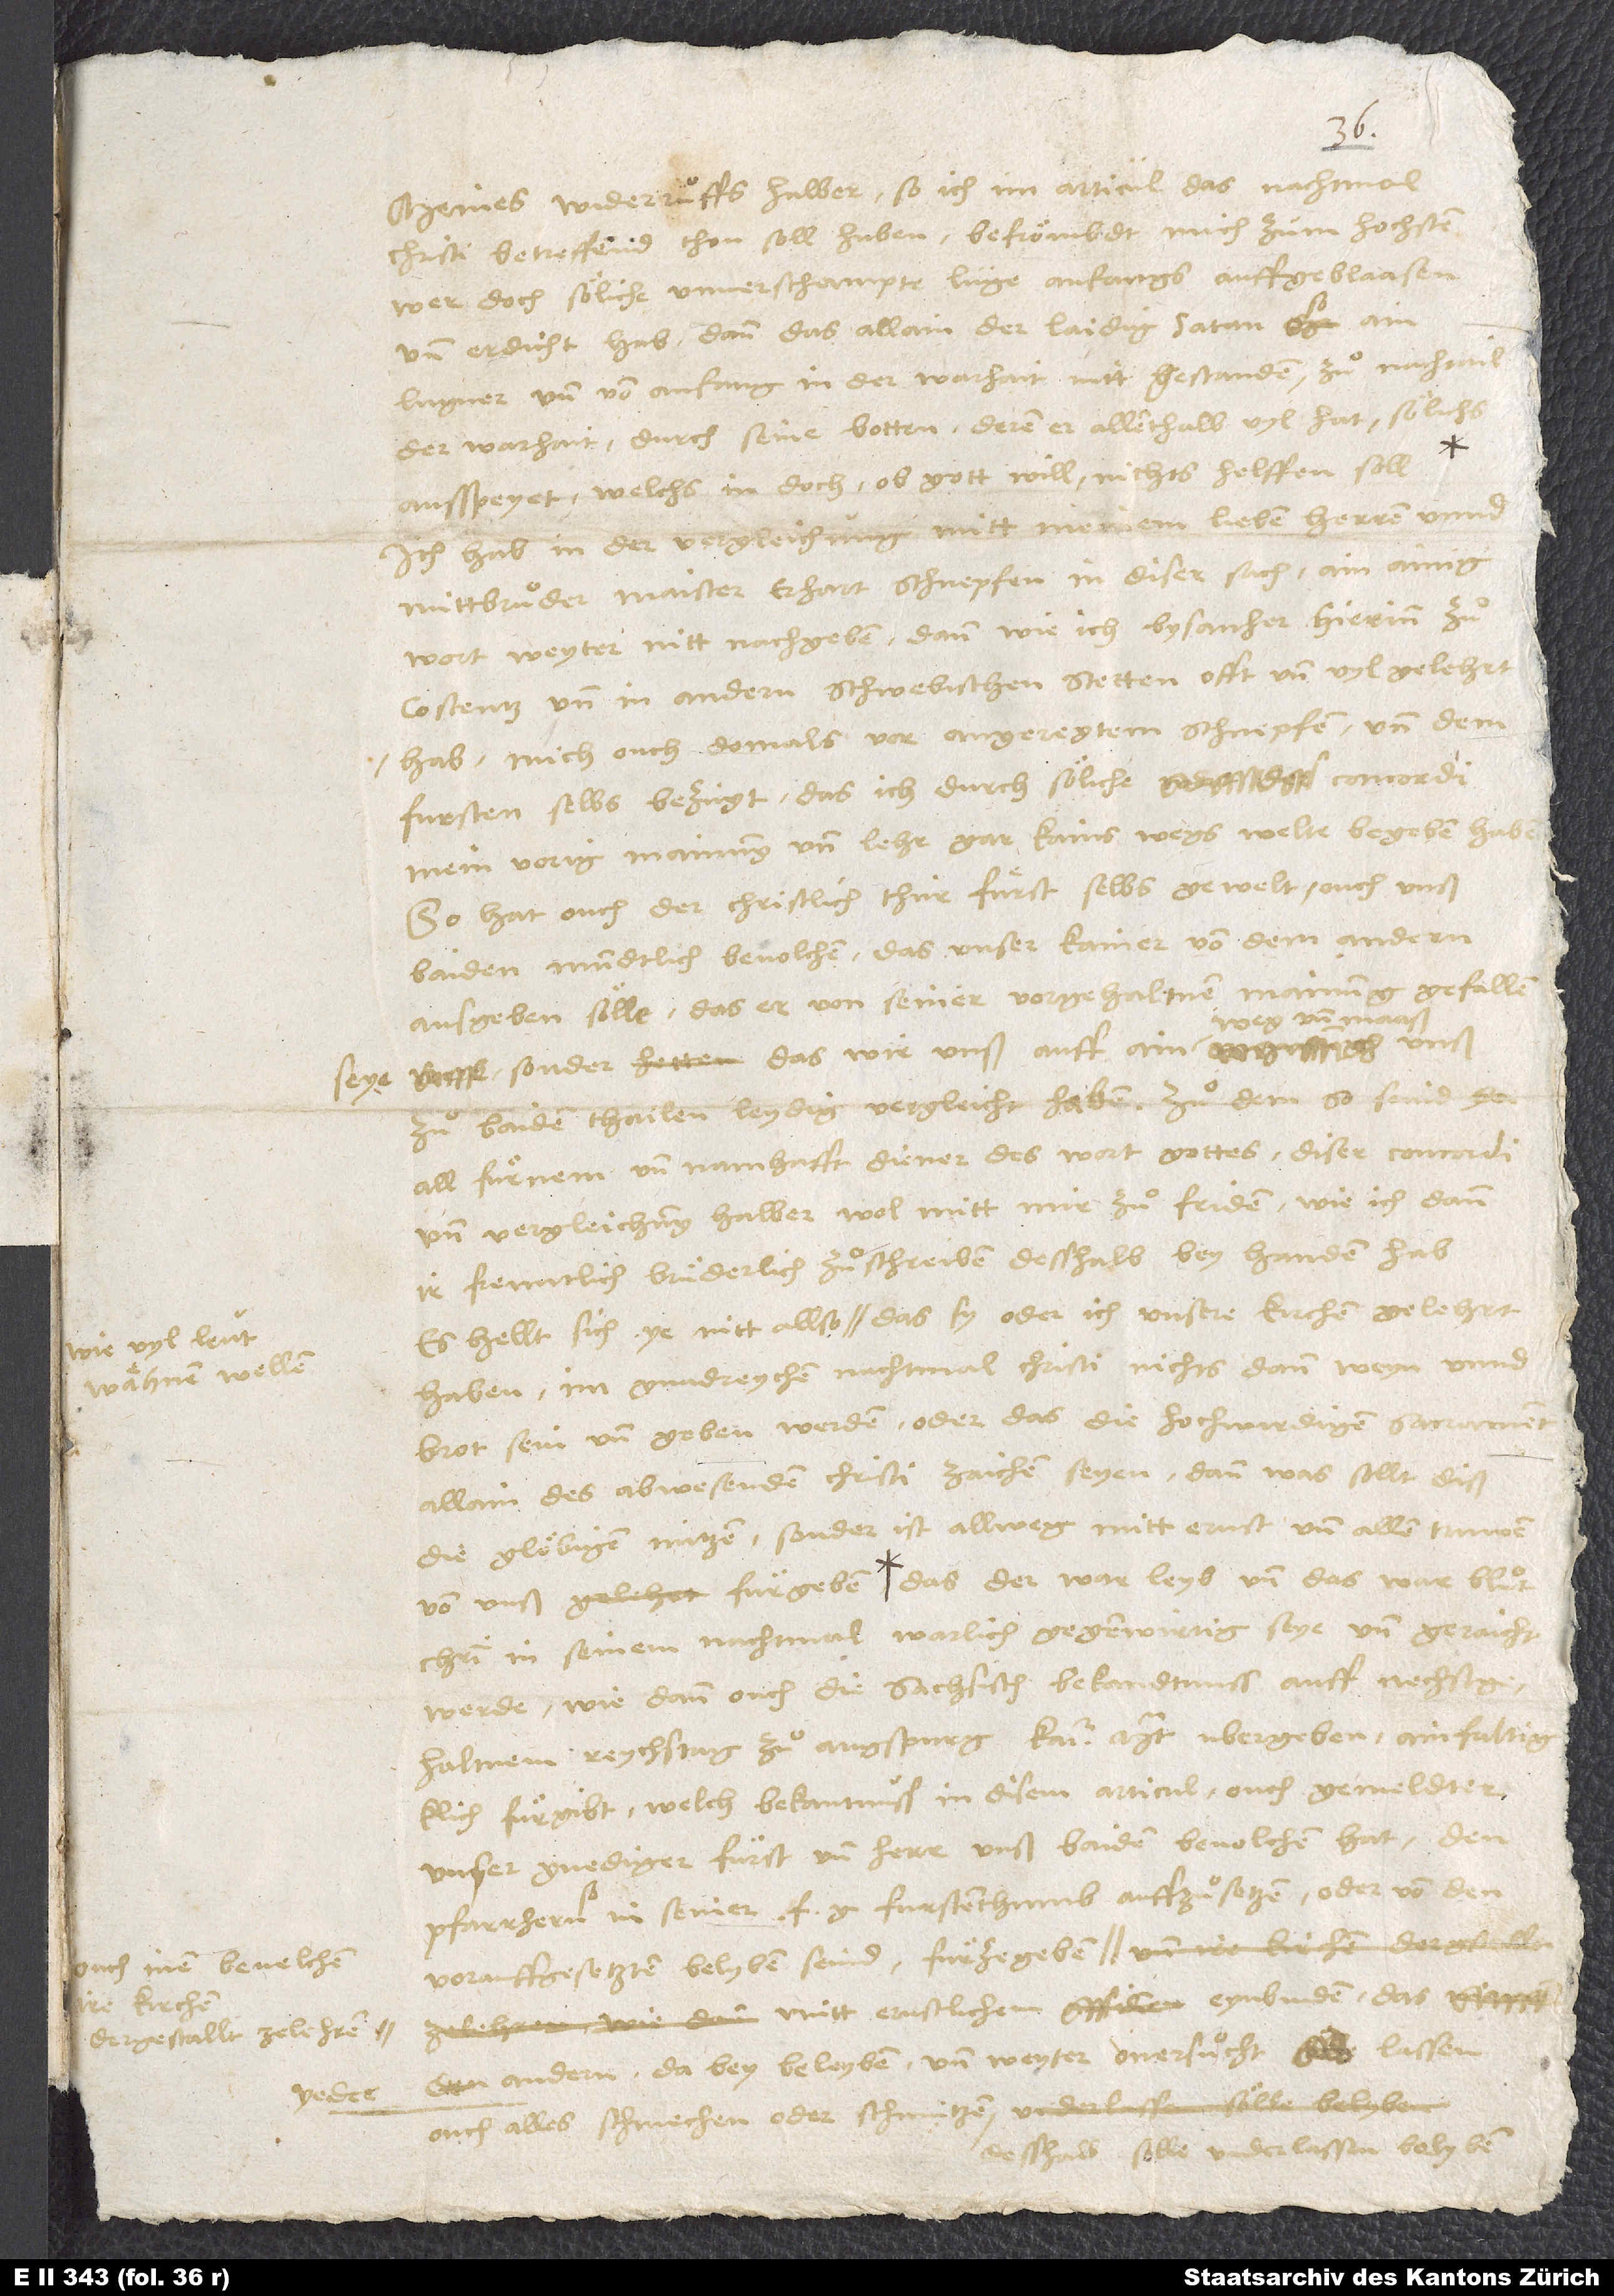
wie viel leut
wähnen wellen,
kirchen

seye,

Meines widerruͦffs halber, so ich im articul das nachtmal
Christi betreffend thon soll haben, betrömbdt mich zum hochsten,
wer doch söliche unverschampte lüge anfangs auffgeblaasen
und erdicht hab, dann das allain der laidig satan,
lugner und von anfang in der warhait nitt gestanden, zuͦ nachtail
ausspeyet, welchs in doch, ob gott will, nichts helffen soll.
Ich hab in der vergleichung mitt meinem lieben herren unnd
wort weyter nitt nachgeben, dann wie ich bysanher hierinn zuͦ
Costentz und in andern schwebischen stetten offt und vyl gelehrt
hab, mich ouch damals vor angeregtem Schnepfen und dem
fursten selbs bezügt, das ich durch söliche concordi
mein vorig mainung und lehr gar kains wegs welte begeben haben.
So hat auch der christlich, thür fuͤrst selbs gewelt, ouch unß
baiden mundtlich bevolchen, das unser kainer von dem andern
ausgeben sölle, das er von seiner vor gehaltnen mainung gefallen
weg und maaß,
sonder das wir unß auff ain
zuͦ baiden thailen leydig, vergleicht haben. Zu dem so seind ye
all fuͤrnem und namhafft diener des wort gottes diser concordi
und vergleichung halber wol mitt mir zuͦfriden, wie ich dann
ir freuntlich, bruͤderlich zuͦschreiben desshalb bey handen hab.
haben, im gnadreychen nachtmal Christi nichts dann weyn unnd
brot sein und geben werden, oder das die hochwirdigen sacrament
allain des abwesenden Christi zaichen seyen; dann was sollt diß
die glöbigen nützen? Sonder ist allweg mitt ernst und allen truwen
von unß fürgeben, das der war leyb und das war bluͦt
Christi in seinem nachtmal warlich gegenwirtig seye und geraicht
werde, wie dann ouch die sachsisch bekandtnuss, auff nechst gehaltnem